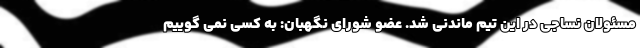
مسئولان نساجی در این تیم ماندنی شد. عضو شورای نگهبان: به کسی نمی گوییم